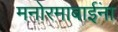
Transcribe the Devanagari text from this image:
मनोरमाबाईंना